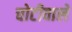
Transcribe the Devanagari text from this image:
चोटीवाले